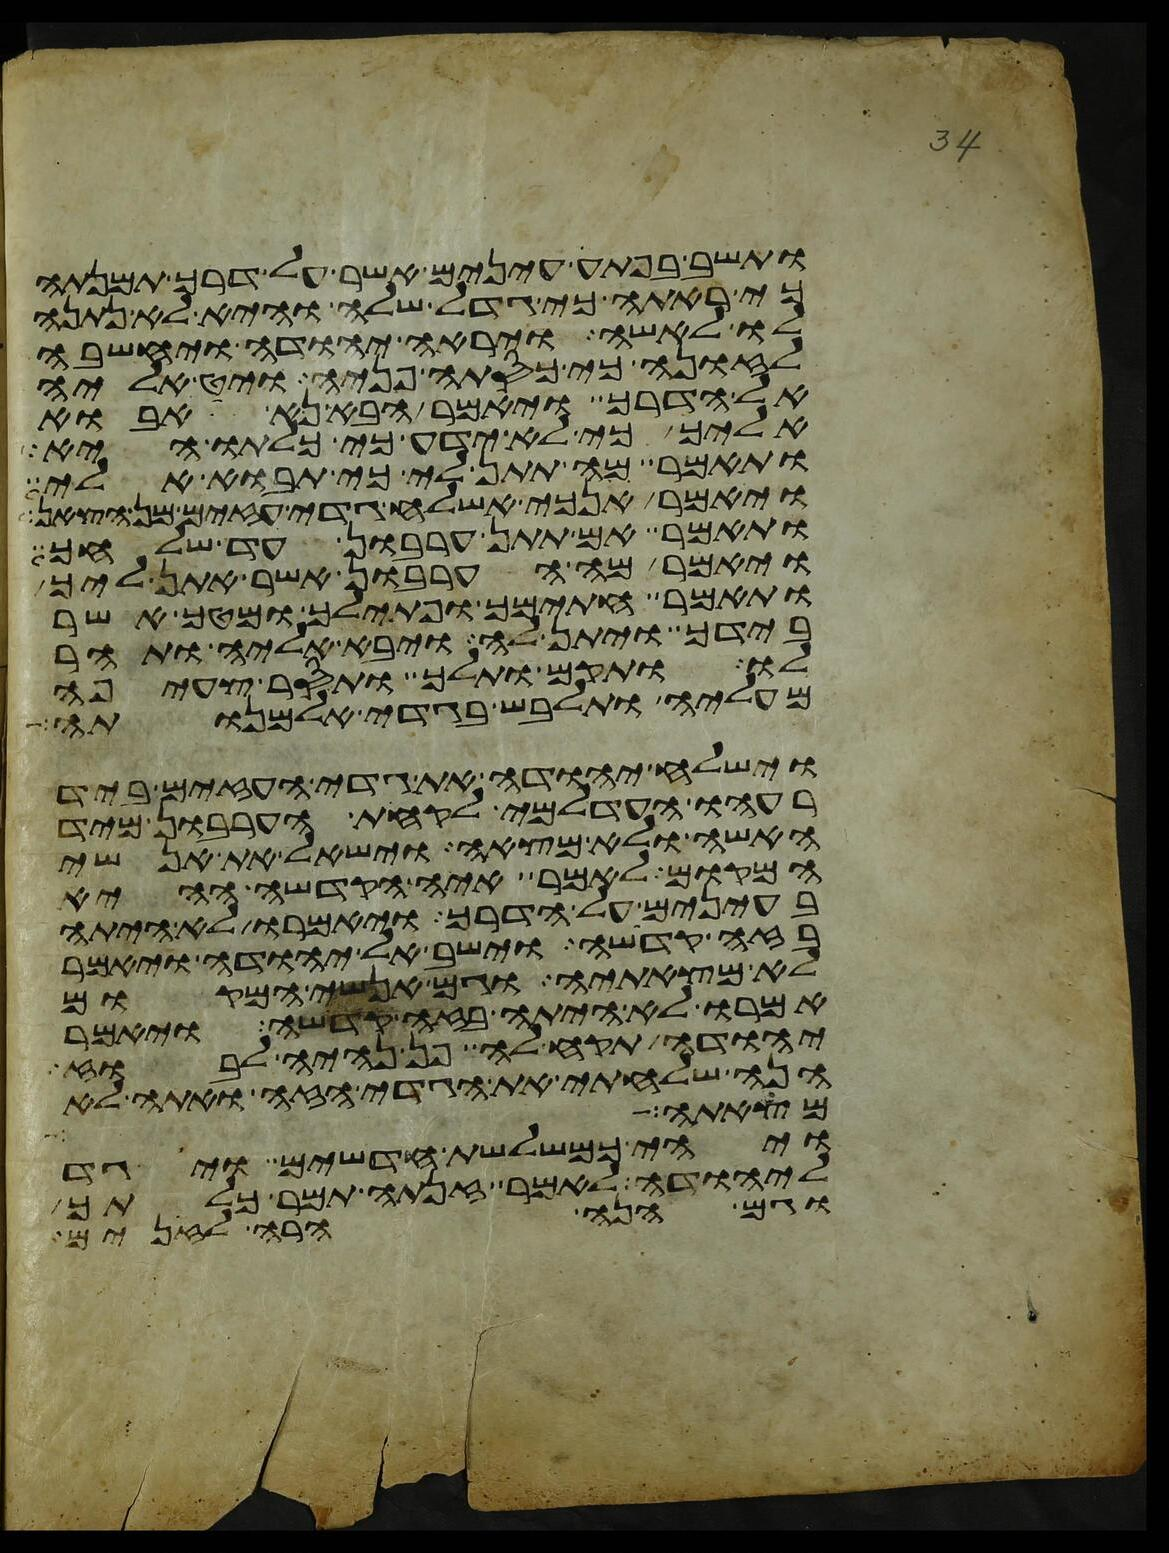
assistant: ותשב בפתע עינים אשר על דרך תמנתה
כי ראתה כי גדל שלה והיא לא נתנה
לו לאשה ויראה יהודה ויחשבה
לזונה כי כסתה פניה ויט אליה
אל הדרך ויאמר הבא נא אבוא
אליך כי לא ידע כי כלתו היא
ותאמר מה תתן לי כי תבוא אלי
ויאמר אנכי אשלח גדי עזים מן הצאן
ותאמר אם תתן ערבון עד שלחך
ויאמר מה הערבון אשר אתן ליך
ותאמר חתימך ופתילך ומטך אשר
בידך ויתן לה ויבא אליה ותהר
לו ותקם ותלך ותסר צעיפה
מעליה ותלבש בגדי אלמנותה
וישלח יהודה את גדי העזים ביד
רעהו העדלמי לקחת הערבון מיד
האשה ולא מצאה וישאל את אנשי
המקום לאמר איה הקדשה ההיא
בעינים על הדרך ויאמרו לא היתה
בזה קדשה וישב אל יהודה ויאמר
לא מצאתיה וגם אנשי המקום
אמרו לא היתה בזה קדשה ויאמר
יהודה תקח לה פן נהיה לבוז
הנה שלחתי את הגדי הזה ואתה לא
מצאתה ויהי
ויהי כמשלשת חדשים ויגד
ליהודה לאמר זנתה תמר כלתך
וגם הנה הרה לזנים